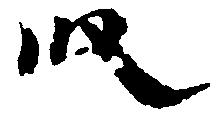
段